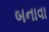
બનાવા